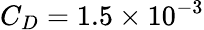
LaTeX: C_{D}=1.5\times 10^{-3}